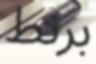
برنط